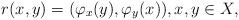
LaTeX: \begin{align*}r(x,y)=(\varphi_x(y),\varphi_y(x)),x,y\in X,\end{align*}